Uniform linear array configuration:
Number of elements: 48
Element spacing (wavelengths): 0.25
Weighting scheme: kaiser
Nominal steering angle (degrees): -15
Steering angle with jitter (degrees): -16.223
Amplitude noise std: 0.05
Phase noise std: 0.05

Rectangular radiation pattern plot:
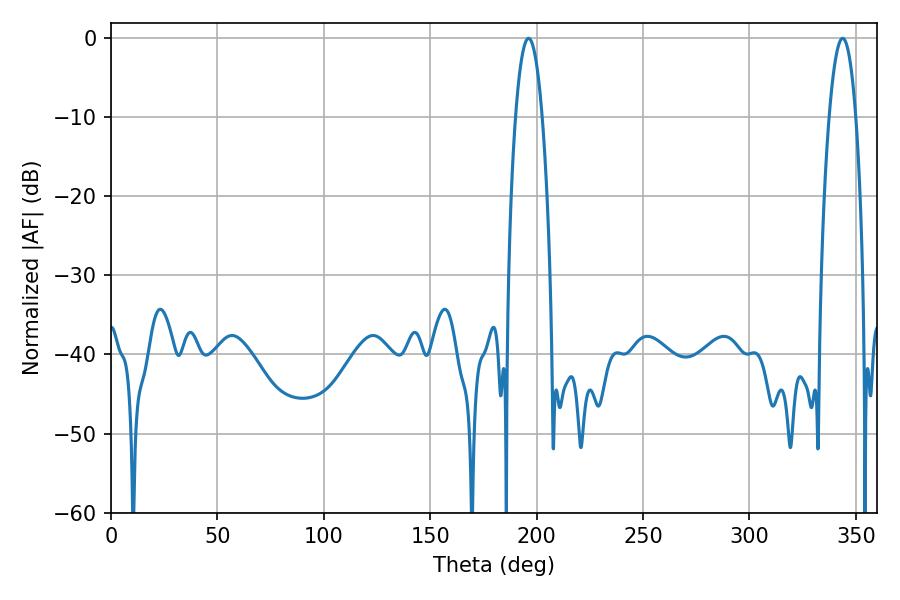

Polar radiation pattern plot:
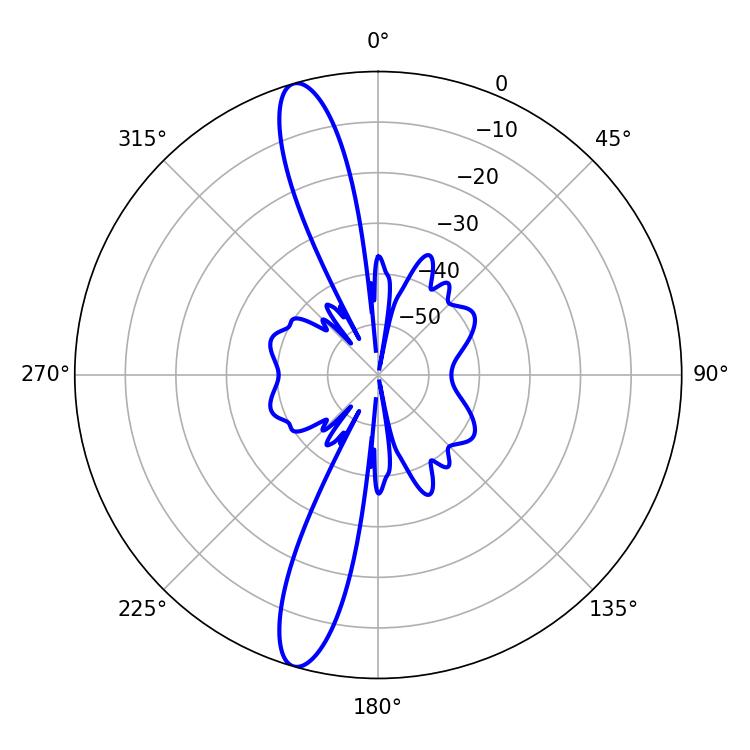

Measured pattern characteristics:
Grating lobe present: FALSE
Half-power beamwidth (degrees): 6.84
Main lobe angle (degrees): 196.2